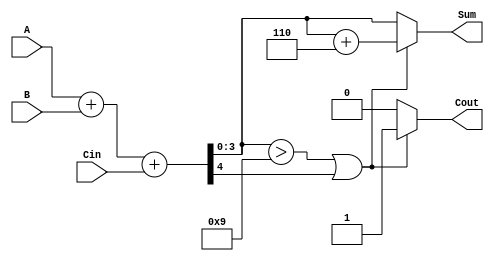
module BCD_Fast_Adder (
    input  wire [3:0] A,     // BCD input A (0-9)
    input  wire [3:0] B,     // BCD input B (0-9)
    input  wire Cin,         // Carry input
    output reg  [3:0] Sum,   // BCD output Sum
    output reg  Cout         // Carry output
);

// Internal signals
wire [4:0] S; // 5-bit sum for A, B, and Cin
wire correction_needed;

// Compute the binary sum (A + B + Cin)
assign S = A + B + Cin;

// Check if correction is needed (S > 9 or carry out)
assign correction_needed = (S[3:0] > 4'd9) || S[4];

// BCD Correction logic
always @(*) begin
    if (correction_needed) begin
        Sum = S[3:0] + 4'b0110; // Add 6 for BCD correction
        Cout = 1;               // Set carry out
    end else begin
        Sum = S[3:0];           // No correction needed
        Cout = 0;               // Clear carry out
    end
end

endmodule